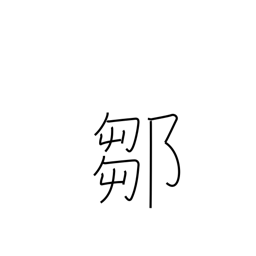
Meaning: place name